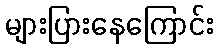
များပြားနေကြောင်း